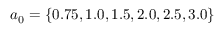
a _ { 0 } = \{ 0 . 7 5 , 1 . 0 , 1 . 5 , 2 . 0 , 2 . 5 , 3 . 0 \}